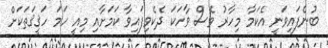
ބުނެފައިވަނީ އެކަމާ މިހާރު ވެސް ވާހަކަ ދެކެވިފައިވާ ކަމަށާއި މިއީ ހަމަ ހަޤީޤަތަކަށް